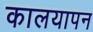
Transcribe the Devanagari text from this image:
कालयापन